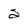
Character: 2